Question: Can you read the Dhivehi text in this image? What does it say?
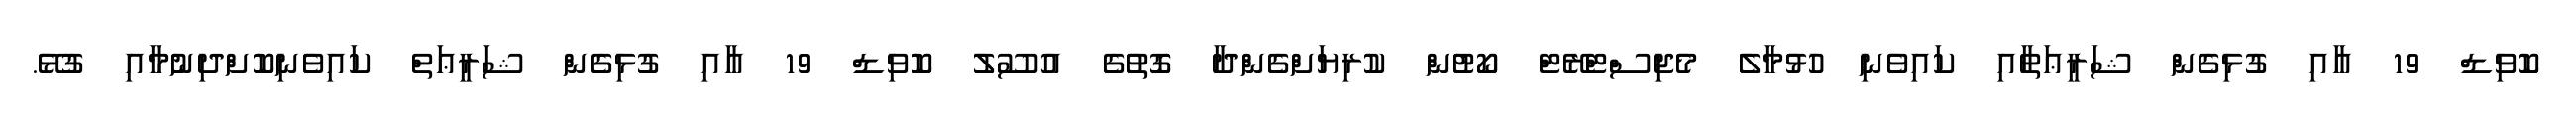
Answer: ކޮވިޑް 19 އާއި ގުޅިގެން ޝަރީޢަތާއި ކައިވެނި ހުޅުމާލެ މެޖިސްޓްރޭޓް ކޯޓުން ކުރިޔަށްގެންދާ ގޮތުގެ އުސޫލު ކޮވިޑް 19 އާއި ގުޅިގެން ޝަރީޢަތް ކައިވެނިކޮށްދިނުމާއި ގުޅޭ.